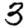
Digit: 3